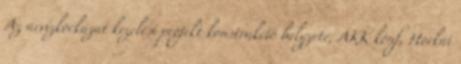
Az árvízkockázat kezelési projekt konstrukció helyzete, ÁKK konf, Horkai